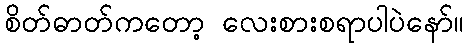
စိတ်ဓာတ်ကတော့ လေးစားစရာပါပဲနော်။